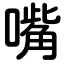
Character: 嘴